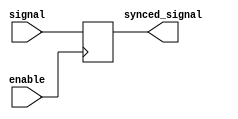
module Transmission_Gate_Delay (
  input wire enable,
  input wire signal,
  output reg synced_signal
);

reg delay_signal;

always @(posedge enable) begin
  delay_signal <= signal;
end

assign synced_signal = delay_signal;

endmodule